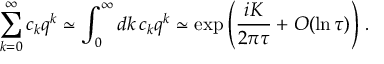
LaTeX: \sum _ { k = 0 } ^ { \infty } c _ { k } q ^ { k } \simeq \int _ { 0 } ^ { \infty } d k \, c _ { k } q ^ { k } \simeq \exp \left( \frac { i { \cal K } } { 2 \pi \tau } + { \cal O } ( \ln \tau ) \right) \, .